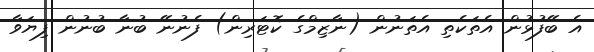
އެ ބޭފުޅުން އެތަކެތި އެތަނުން (ނާޒިމްގެ ކޮޓަރިން) ފެނުނޭ ބުނާ ބުނުން ފިޔަވާ